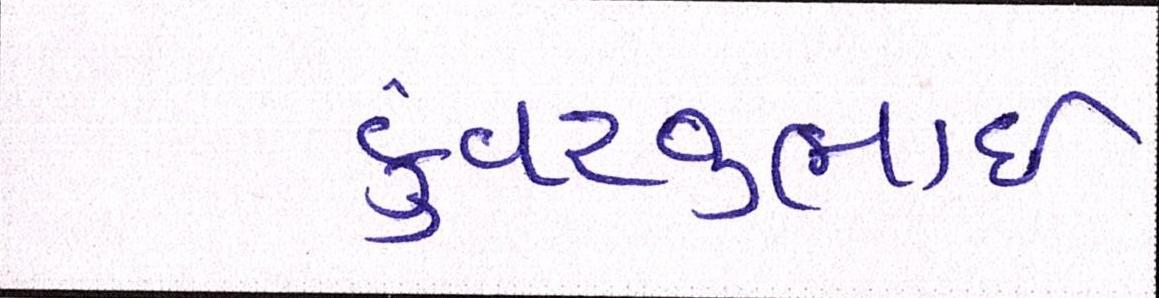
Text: કુંવરજીભાઈ